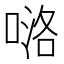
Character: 𠸪